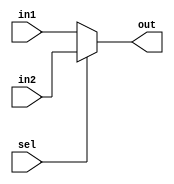
`timescale 1ns/1ns
module Mux#(parameter N = 32)(sel,in1,in2,out);
    input sel;
    input [N-1:0]in1,in2;
    output [N-1:0]out;

    assign out=(sel==1'b0)?in1:in2;

endmodule